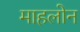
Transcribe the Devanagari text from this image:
माहलोन